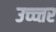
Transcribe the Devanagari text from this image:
उच्च्त्तर